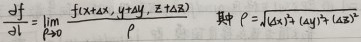
$\frac {\partial f}{\partial l}=\lim\limits  _{\Delta s\to 0}\frac {f(x_{0}+\Delta x,y_{0}+\Delta y,z_{0}+\Delta z)}{\rho } \ \ \ 其中 \ \ \rho =\sqrt{(\Delta x)^{2}+(\Delta y)^{2}+(\Delta z)^{2}}$